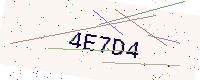
Text: 4E7D4